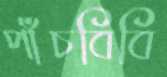
পাঁচবিবি